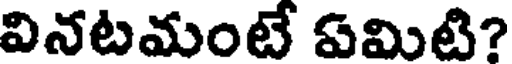
వినటమంటే ఏమిటి?